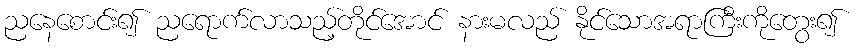
ညနေစောင်း၍ ညရောက်လာသည့်တိုင်အောင် နားမလည် နိုင်သောအရာကြီးကိုတွေး၍